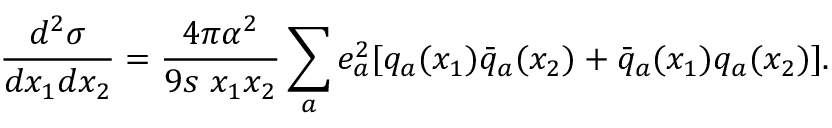
{ \frac { d ^ { 2 } \sigma } { d x _ { 1 } d x _ { 2 } } } = { \frac { 4 \pi \alpha ^ { 2 } } { 9 s ~ x _ { 1 } x _ { 2 } } } \sum _ { a } e _ { a } ^ { 2 } [ q _ { a } ( x _ { 1 } ) \bar { q } _ { a } ( x _ { 2 } ) + \bar { q } _ { a } ( x _ { 1 } ) q _ { a } ( x _ { 2 } ) ] .